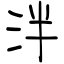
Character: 泮